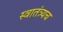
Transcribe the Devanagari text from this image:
स्वातंत्र्यच